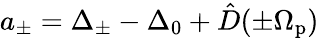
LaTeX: a_{\pm}=\Delta_{\pm}-\Delta_{0}+\hat{D}(\pm\Omega_{\mathrm{p}})